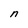
Character: n